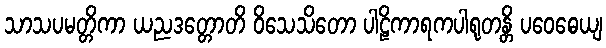
သာသပမတ္တိကာ ယညဒတ္တောတိ ဝိသေသိတော ပါဠိကာရကပါရုတန္တိ ပဝေဓေယျ